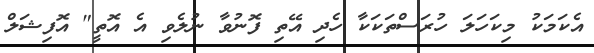
އެކަމަކު މިކަހަލަ ހުރަސްތަކަކާ ހެދި އޭތި ފޮނުވާ ނުލެވި އެ އޮތީ" އޮފިޝަލް